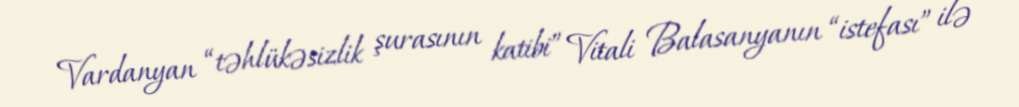
Vardanyan “təhlükəsizlik şurasının katibi” Vitali Balasanyanın “istefası” ilə